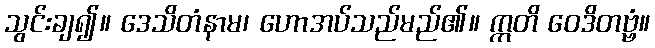
သွင်းချ၍။ ဒေသိတံနာမ၊ ဟောအပ်သည်မည်၏။ ဣတိ ဝေဒိတဗ္ဗံ။